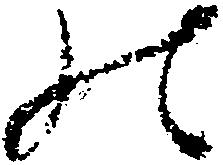
の